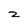
Character: 2